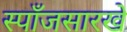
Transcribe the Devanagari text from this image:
स्पाँजसारखे